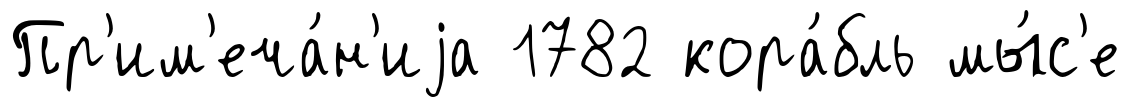
Пр'им'еча́н'иjа 1782 кора́бль мы́с'е